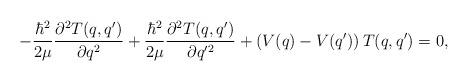
LaTeX: \begin{align*}-\frac{\hbar^2}{2 \mu} \frac{\partial^2 T(q,q')}{\partial q^2}+\frac{\hbar^2}{2 \mu} \frac{\partial^2 T(q,q')}{\partial q'^2} + \left(V(q)-V(q')\right) T(q,q')=0,\end{align*}